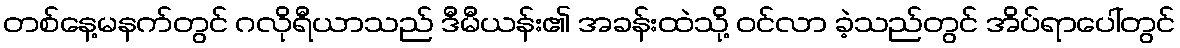
တစ်နေ့မနက်တွင် ဂလိုရီယာသည် ဒီမီယန်း၏ အခန်းထဲသို့ ဝင်လာ ခဲ့သည်တွင် အိပ်ရာပေါ်တွင်